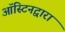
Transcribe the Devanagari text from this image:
ऑस्टिनद्वारा